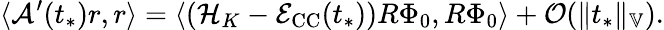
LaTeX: \langle\mathcal{A}^{\prime}(t_{*})r,r\rangle=\langle(\mathcal{H}_{K}-\mathcal{E}_{\mathrm{CC}}(t_{*}))R\Phi_{0},R\Phi_{0}\rangle+\mathcal{O}(\| t_{*}\| _{\mathbb{V}}).